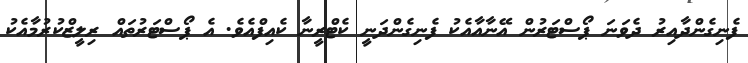
ފެނިގެންދާއިރު ދެވަނަ ޕޯސްޓަރުން އޭނާއާއެކު ފެނިގެންދަނީ ކެޓްރީނާ ކެއިފްއެވެ. އެ ޕޯސްޓަރުތައް ރިލީޒްކުރުމާއެކު